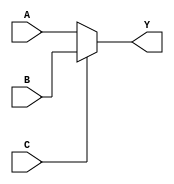
module mux_2to1(input A, input B, input C, output Y);

assign Y = (C == 0) ? A : B;

endmodule